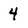
Character: 4